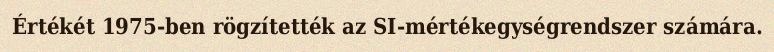
Értékét 1975-ben rögzítették az SI-mértékegységrendszer számára.